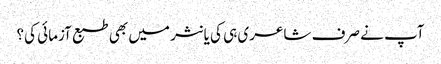
آپ نے صرف شاعری ہی کی یا نثر میں بھی طبع آزمائی کی؟